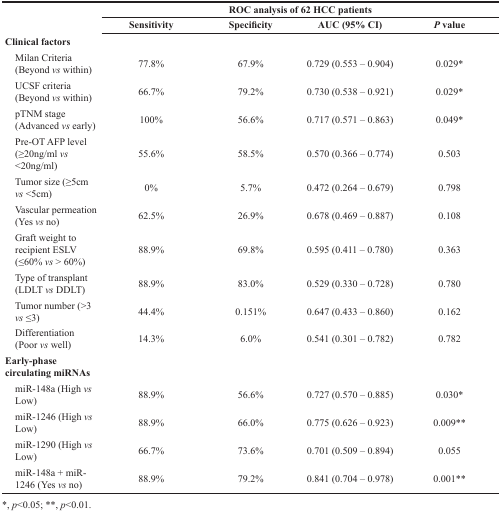
| <ROWSPAN=2>  | <COLSPAN=4> ROC analysis of 62 HCC patients |
 | Sensitivity | Specificity | AUC (95% CI) | P value |
 | --- | --- | --- | --- | --- |
 | Clinical factors |  |  |  |  |
 | Milan Criteria (Beyond vs within) | 77.8% | 67.9% | 0.729 (0.553 – 0.904) | 0.029* |
 | UCSF criteria (Beyond vs within) | 66.7% | 79.2% | 0.730 (0.538 – 0.921) | 0.029* |
 | pTNM stage (Advanced vs early) | 100% | 56.6% | 0.717 (0.571 – 0.863) | 0.049* |
 | Pre-OT AFP level (≥20ng/ml vs <20ng/ml) | 55.6% | 58.5% | 0.570 (0.366 – 0.774) | 0.503 |
 | Tumor size (≥5cm vs <5cm) | 0% | 5.7% | 0.472 (0.264 – 0.679) | 0.798 |
 | Vascular permeation (Yes vs no) | 62.5% | 26.9% | 0.678 (0.469 – 0.887) | 0.108 |
 | Graft weight to recipient ESLV (≤60% vs > 60%) | 88.9% | 69.8% | 0.595 (0.411 – 0.780) | 0.363 |
 | Type of transplant (LDLT vs DDLT) | 88.9% | 83.0% | 0.529 (0.330 – 0.728) | 0.780 |
 | Tumor number (>3 vs ≤3) | 44.4% | 0.151% | 0.647 (0.433 – 0.860) | 0.162 |
 | Differentiation (Poor vs well) | 14.3% | 6.0% | 0.541 (0.301 – 0.782) | 0.782 |
 | Early-phase circulating miRNAs |  |  |  |  |
 | miR-148a (High vs Low) | 88.9% | 56.6% | 0.727 (0.570 – 0.885) | 0.030* |
 | miR-1246 (High vs Low) | 88.9% | 66.0% | 0.775 (0.626 – 0.923) | 0.009** |
 | miR-1290 (High vs Low) | 66.7% | 73.6% | 0.701 (0.509 – 0.894) | 0.055 |
 | miR-148a + miR-1246 (Yes vs no) | 88.9% | 79.2% | 0.841 (0.704 – 0.978) | 0.001** |